Report on vaccination North-West Frontier Province 1904-1922 - 1904-1922
Year: 1904
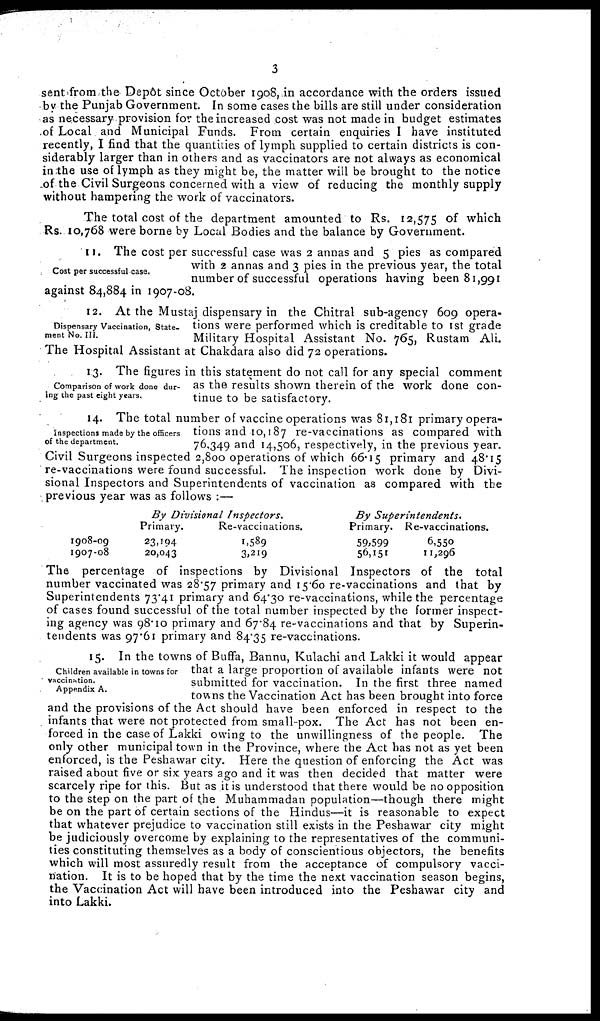
3
sent from the Depôt since October 1908, in accordance with the orders issued
by the Punjab Government. In some cases the bills are still under consideration
as necessary provision for the increased cost was not made in budget estimates
of Local and Municipal Funds. From certain enquiries I have instituted
recently, I find that the quantities of lymph supplied to certain districts is con-
siderably larger than in others and as vaccinators are not always as economical
in the use of lymph as they might be, the matter will be brought to the notice
of the Civil Surgeons concerned with a view of reducing the monthly supply
without hampering the work of vaccinators.
The total cost of the department amounted to Rs. 12,575 of which
Rs. 10,768 were borne by Local Bodies and the balance by Government.
Cost per successful case.
11. The cost per successful case was 2 annas and 5 pies as compared
with 2 annas and 3 pies in the previous year, the total
number of successful operations having been 81,991
against 84,884 in 1907-08.
Dispensary Vaccination, State¬
ment No. III.
12. At the Mustaj dispensary in the Chitral sub-agency 609 opera-
tions were performed which is creditable to 1st grade
Military Hospital Assistant No. 765, Rustam Ali.
The Hospital Assistant at Chakdara also did 72 operations.
Comparison of work done dur-
ing the past eight years.
13. The figures in this statement do not call for any special comment
as the results shown therein of the work done con-
tinue to be satisfactory.
Inspections made by the officers
of the department.
14. The total number of vaccine operations was 81,181 primary opera-
tions and 10,187 re-vaccinations as compared with
76,349 and 14,506, respectively, in the previous year.
Civil Surgeons inspected 2,800 operations of which 66.15 primary and 48.15
re-vaccinations were found successful. The inspection work done by Divi-
sional Inspectors and Superintendents of vaccination as compared with the
previous year was as follows :—
1908-09
1907-08
By Divisional
Inspectors.
Primary.
23.194
20,043
Re-vaccinations.
1,589
3,219
By
Superintendents.
Primary.
59,599
56,151
Re-vaccinations.
6,550
11,296
The percentage of inspections by Divisional Inspectors of the total
number vaccinated was 28.57 primary and 15.60 re-vaccinations and that by
Superintendents 73.41 primary and 64.30 re-vaccinations, while the percentage
of cases found successful of the total number inspected by the former inspect-
ing agency was 98.10 primary and 67.84 re-vaccinations and that by Superin-
tendents was 97.61 primary and 84.35 re-vaccinations.
Children available in towns for
vaccination.
Appendix A.
15. In the towns of Buffa, Bannu, Kulachi and Lakki it would appear
that a large proportion of available infants were not
submitted for vaccination. In the first three named
towns the Vaccination Act has been brought into force
and the provisions of the Act should have been enforced in respect to the
infants that were not protected from small-pox. The Act has not been en-
forced in the case of Lakki owing to the unwillingness of the people. The
only other municipal town in the Province, where the Act has not as yet been
enforced, is the Peshawar city. Here the question of enforcing the Act was
raised about five or six years ago and it was then decided that matter were
scarcely ripe for this. But as it is understood that there would be no opposition
to the step on the part of the Muhammadan population—though there might
be on the part of certain sections of the Hindus—it is reasonable to expect
that whatever prejudice to vaccination still exists in the Peshawar city might
be judiciously overcome by explaining to the representatives of the communi-
ties constituting themselves as a body of conscientious objectors, the benefits
which will most assuredly result from the acceptance of compulsory vacci-
nation. It is to be hoped that by the time the next vaccination season begins,
the Vaccination Act will have been introduced into the Peshawar city and
into Lakki.